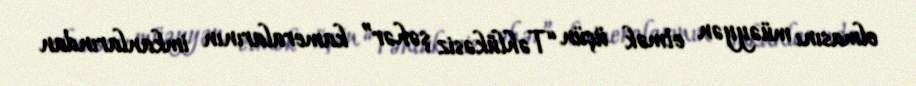
olmasını müəyyən etmək üçün “Təhlükəsiz şəhər” kameralarının imkanlarından